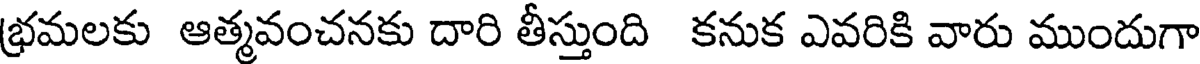
భ్రమలకు ఆత్మవంచనకు దారి తీస్తుంది కనుక ఎవరికి వారు ముందుగా